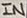
Text: IN